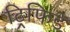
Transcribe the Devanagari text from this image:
ट्रिफिड